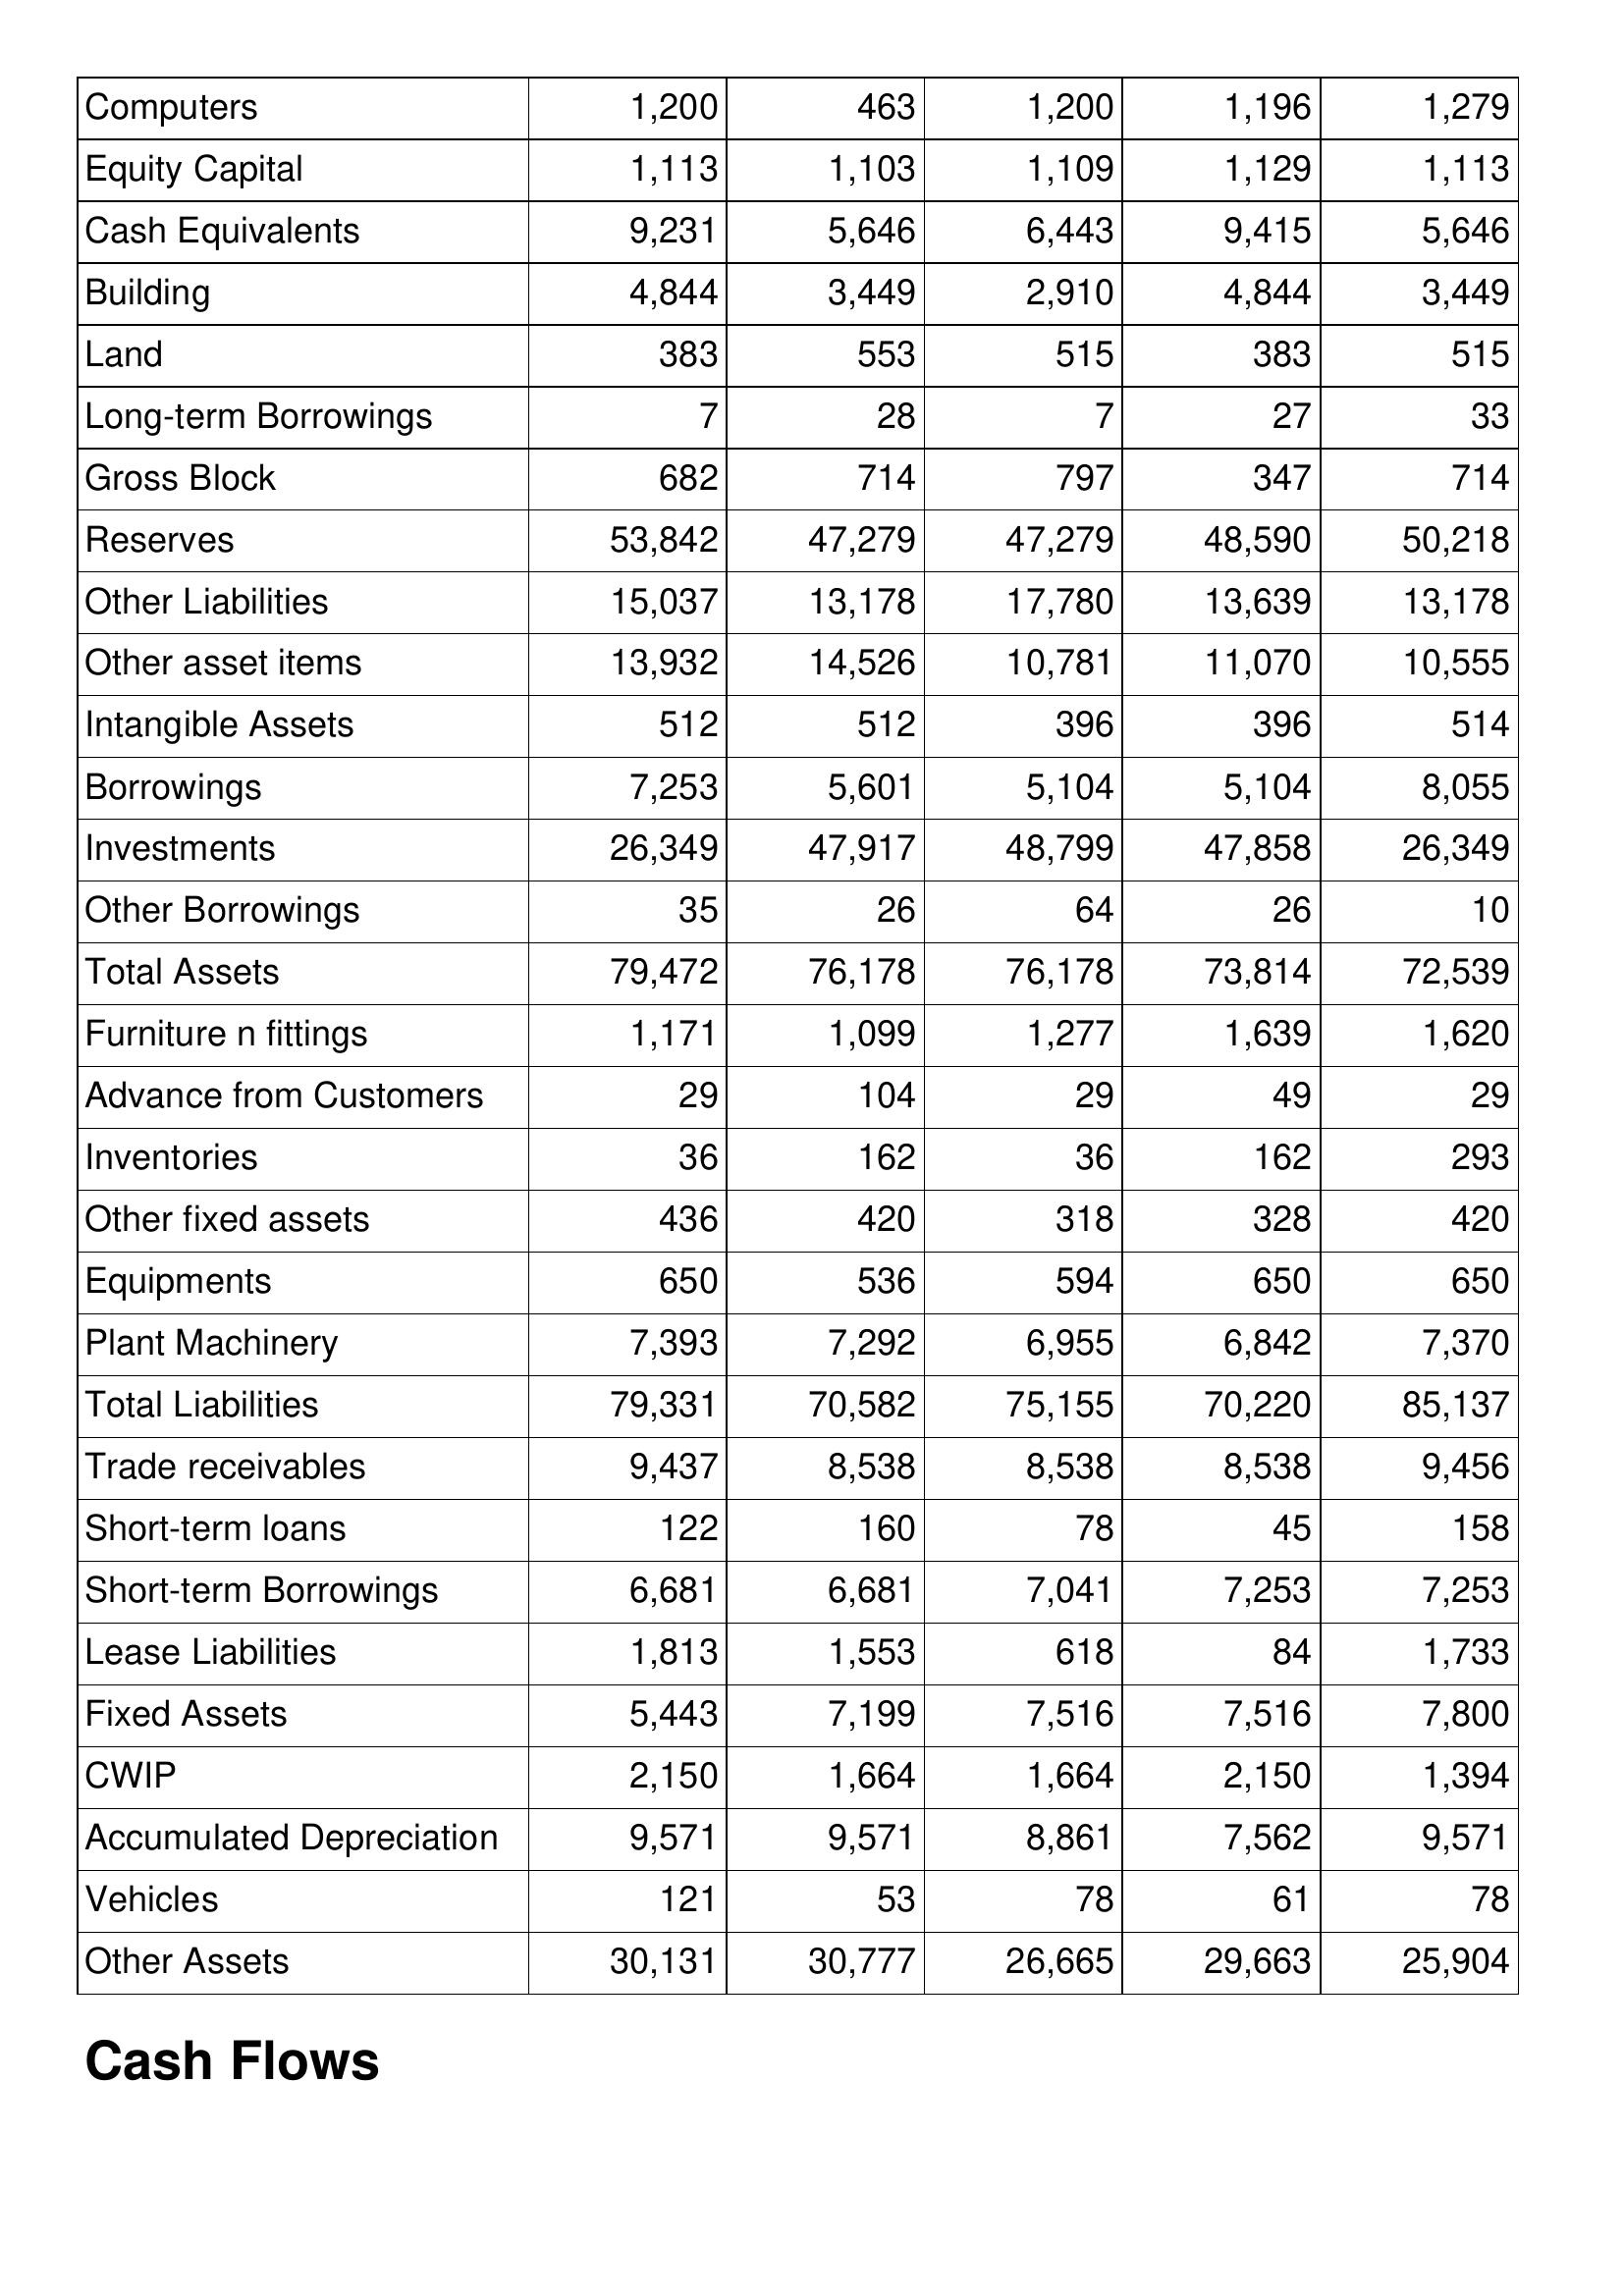
Mar-06: Balance Sheet: Computers: 1,200
Equity Capital: 1,113
Cash Equivalents: 9,231
Building: 4,844
Land: 383
Long-term Borrowings: 7
Gross Block: 682
Reserves: 53,842
Other Liabilities: 15,037
Other asset items: 13,932
Intangible Assets: 512
Borrowings: 7,253
Investments: 26,349
Other Borrowings: 35
Total Assets: 79,472
Furniture n fittings: 1,171
Advance from Customers: 29
Inventories: 36
Other fixed assets: 436
Equipments: 650
Plant Machinery: 7,393
Total Liabilities: 79,331
Trade receivables: 9,437
Short-term loans: 122
Short-term Borrowings: 6,681
Lease Liabilities: 1,813
Fixed Assets: 5,443
CWIP: 2,150
Accumulated Depreciation: 9,571
Vehicles: 121
Other Assets: 30,131
Mar-05: Balance Sheet: Computers: 463
Equity Capital: 1,103
Cash Equivalents: 5,646
Building: 3,449
Land: 553
Long-term Borrowings: 28
Gross Block: 714
Reserves: 47,279
Other Liabilities: 13,178
Other asset items: 14,526
Intangible Assets: 512
Borrowings: 5,601
Investments: 47,917
Other Borrowings: 26
Total Assets: 76,178
Furniture n fittings: 1,099
Advance from Customers: 104
Inventories: 162
Other fixed assets: 420
Equipments: 536
Plant Machinery: 7,292
Total Liabilities: 70,582
Trade receivables: 8,538
Short-term loans: 160
Short-term Borrowings: 6,681
Lease Liabilities: 1,553
Fixed Assets: 7,199
CWIP: 1,664
Accumulated Depreciation: 9,571
Vehicles: 53
Other Assets: 30,777
Mar-04: Balance Sheet: Computers: 1,200
Equity Capital: 1,109
Cash Equivalents: 6,443
Building: 2,910
Land: 515
Long-term Borrowings: 7
Gross Block: 797
Reserves: 47,279
Other Liabilities: 17,780
Other asset items: 10,781
Intangible Assets: 396
Borrowings: 5,104
Investments: 48,799
Other Borrowings: 64
Total Assets: 76,178
Furniture n fittings: 1,277
Advance from Customers: 29
Inventories: 36
Other fixed assets: 318
Equipments: 594
Plant Machinery: 6,955
Total Liabilities: 75,155
Trade receivables: 8,538
Short-term loans: 78
Short-term Borrowings: 7,041
Lease Liabilities: 618
Fixed Assets: 7,516
CWIP: 1,664
Accumulated Depreciation: 8,861
Vehicles: 78
Other Assets: 26,665
Mar-03: Balance Sheet: Computers: 1,196
Equity Capital: 1,129
Cash Equivalents: 9,415
Building: 4,844
Land: 383
Long-term Borrowings: 27
Gross Block: 347
Reserves: 48,590
Other Liabilities: 13,639
Other asset items: 11,070
Intangible Assets: 396
Borrowings: 5,104
Investments: 47,858
Other Borrowings: 26
Total Assets: 73,814
Furniture n fittings: 1,639
Advance from Customers: 49
Inventories: 162
Other fixed assets: 328
Equipments: 650
Plant Machinery: 6,842
Total Liabilities: 70,220
Trade receivables: 8,538
Short-term loans: 45
Short-term Borrowings: 7,253
Lease Liabilities: 84
Fixed Assets: 7,516
CWIP: 2,150
Accumulated Depreciation: 7,562
Vehicles: 61
Other Assets: 29,663
Mar-02: Balance Sheet: Computers: 1,279
Equity Capital: 1,113
Cash Equivalents: 5,646
Building: 3,449
Land: 515
Long-term Borrowings: 33
Gross Block: 714
Reserves: 50,218
Other Liabilities: 13,178
Other asset items: 10,555
Intangible Assets: 514
Borrowings: 8,055
Investments: 26,349
Other Borrowings: 10
Total Assets: 72,539
Furniture n fittings: 1,620
Advance from Customers: 29
Inventories: 293
Other fixed assets: 420
Equipments: 650
Plant Machinery: 7,370
Total Liabilities: 85,137
Trade receivables: 9,456
Short-term loans: 158
Short-term Borrowings: 7,253
Lease Liabilities: 1,733
Fixed Assets: 7,800
CWIP: 1,394
Accumulated Depreciation: 9,571
Vehicles: 78
Other Assets: 25,904